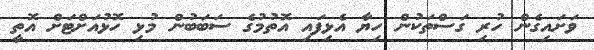
ވަށައިގެން ހުރި ގަސްތަކުން ހިޔާ އެޅިފައި އޮތުމުގެ ސަބަބުން މުޅި ހޮޅުއަށްޓަށް އޮތީ